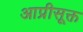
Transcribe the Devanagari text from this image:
आप्रीसूक्त